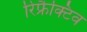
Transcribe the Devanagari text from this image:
रिफ्रैक्टिव